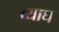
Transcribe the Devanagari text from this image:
व्याघ